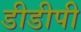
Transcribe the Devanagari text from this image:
डीडीपी